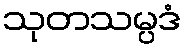
သုတသမ္ပဒံ